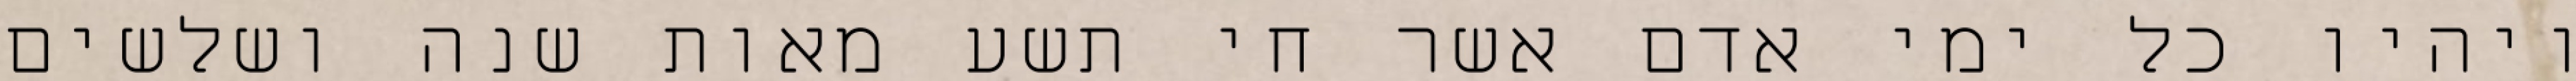
ויהיו כל ימי אדם אשר חי תשע מאות שנה ושלשים